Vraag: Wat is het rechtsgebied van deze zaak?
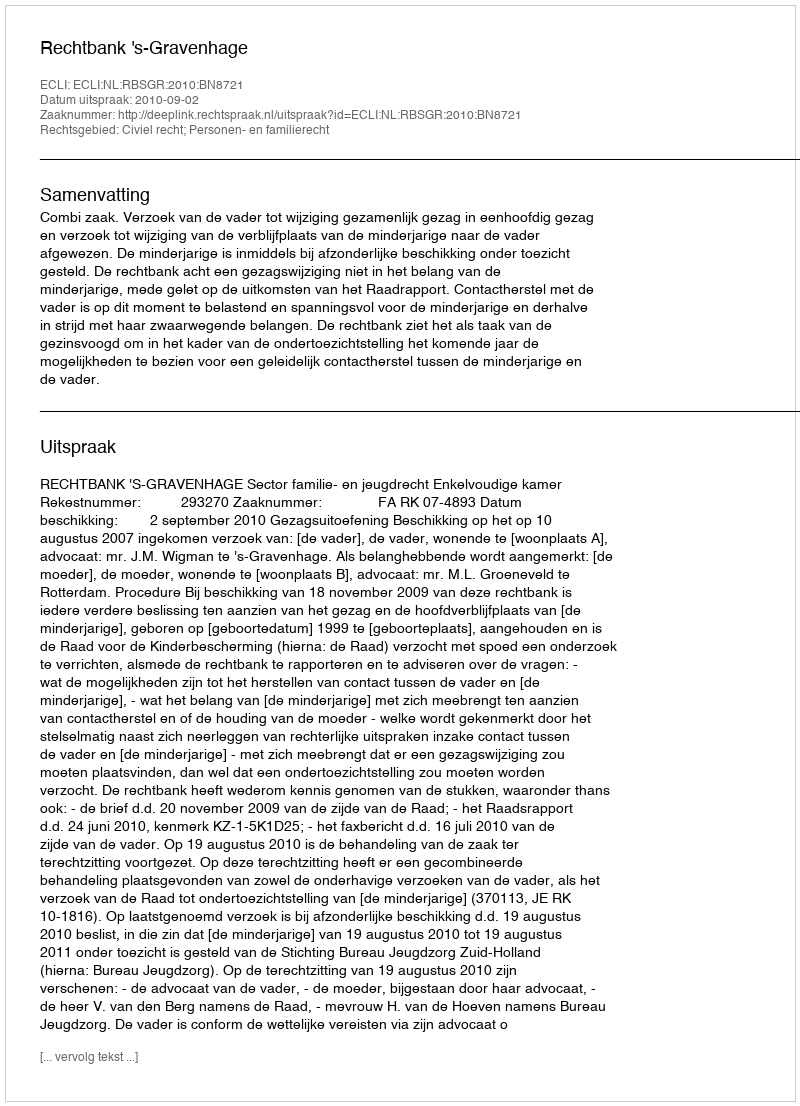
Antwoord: Civiel recht; Personen- en familierecht